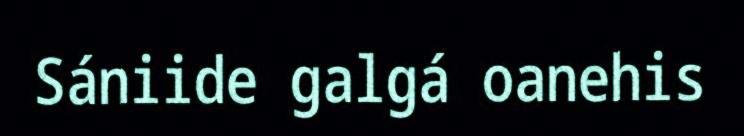
Sániide galgá oanehis